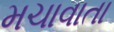
મચાવાતા